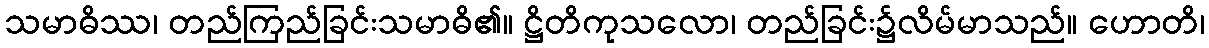
သမာဓိဿ၊ တည်ကြည်ခြင်းသမာဓိ၏။ ဋ္ဌိတိကုသလော၊ တည်ခြင်း၌လိမ်မာသည်။ ဟောတိ၊